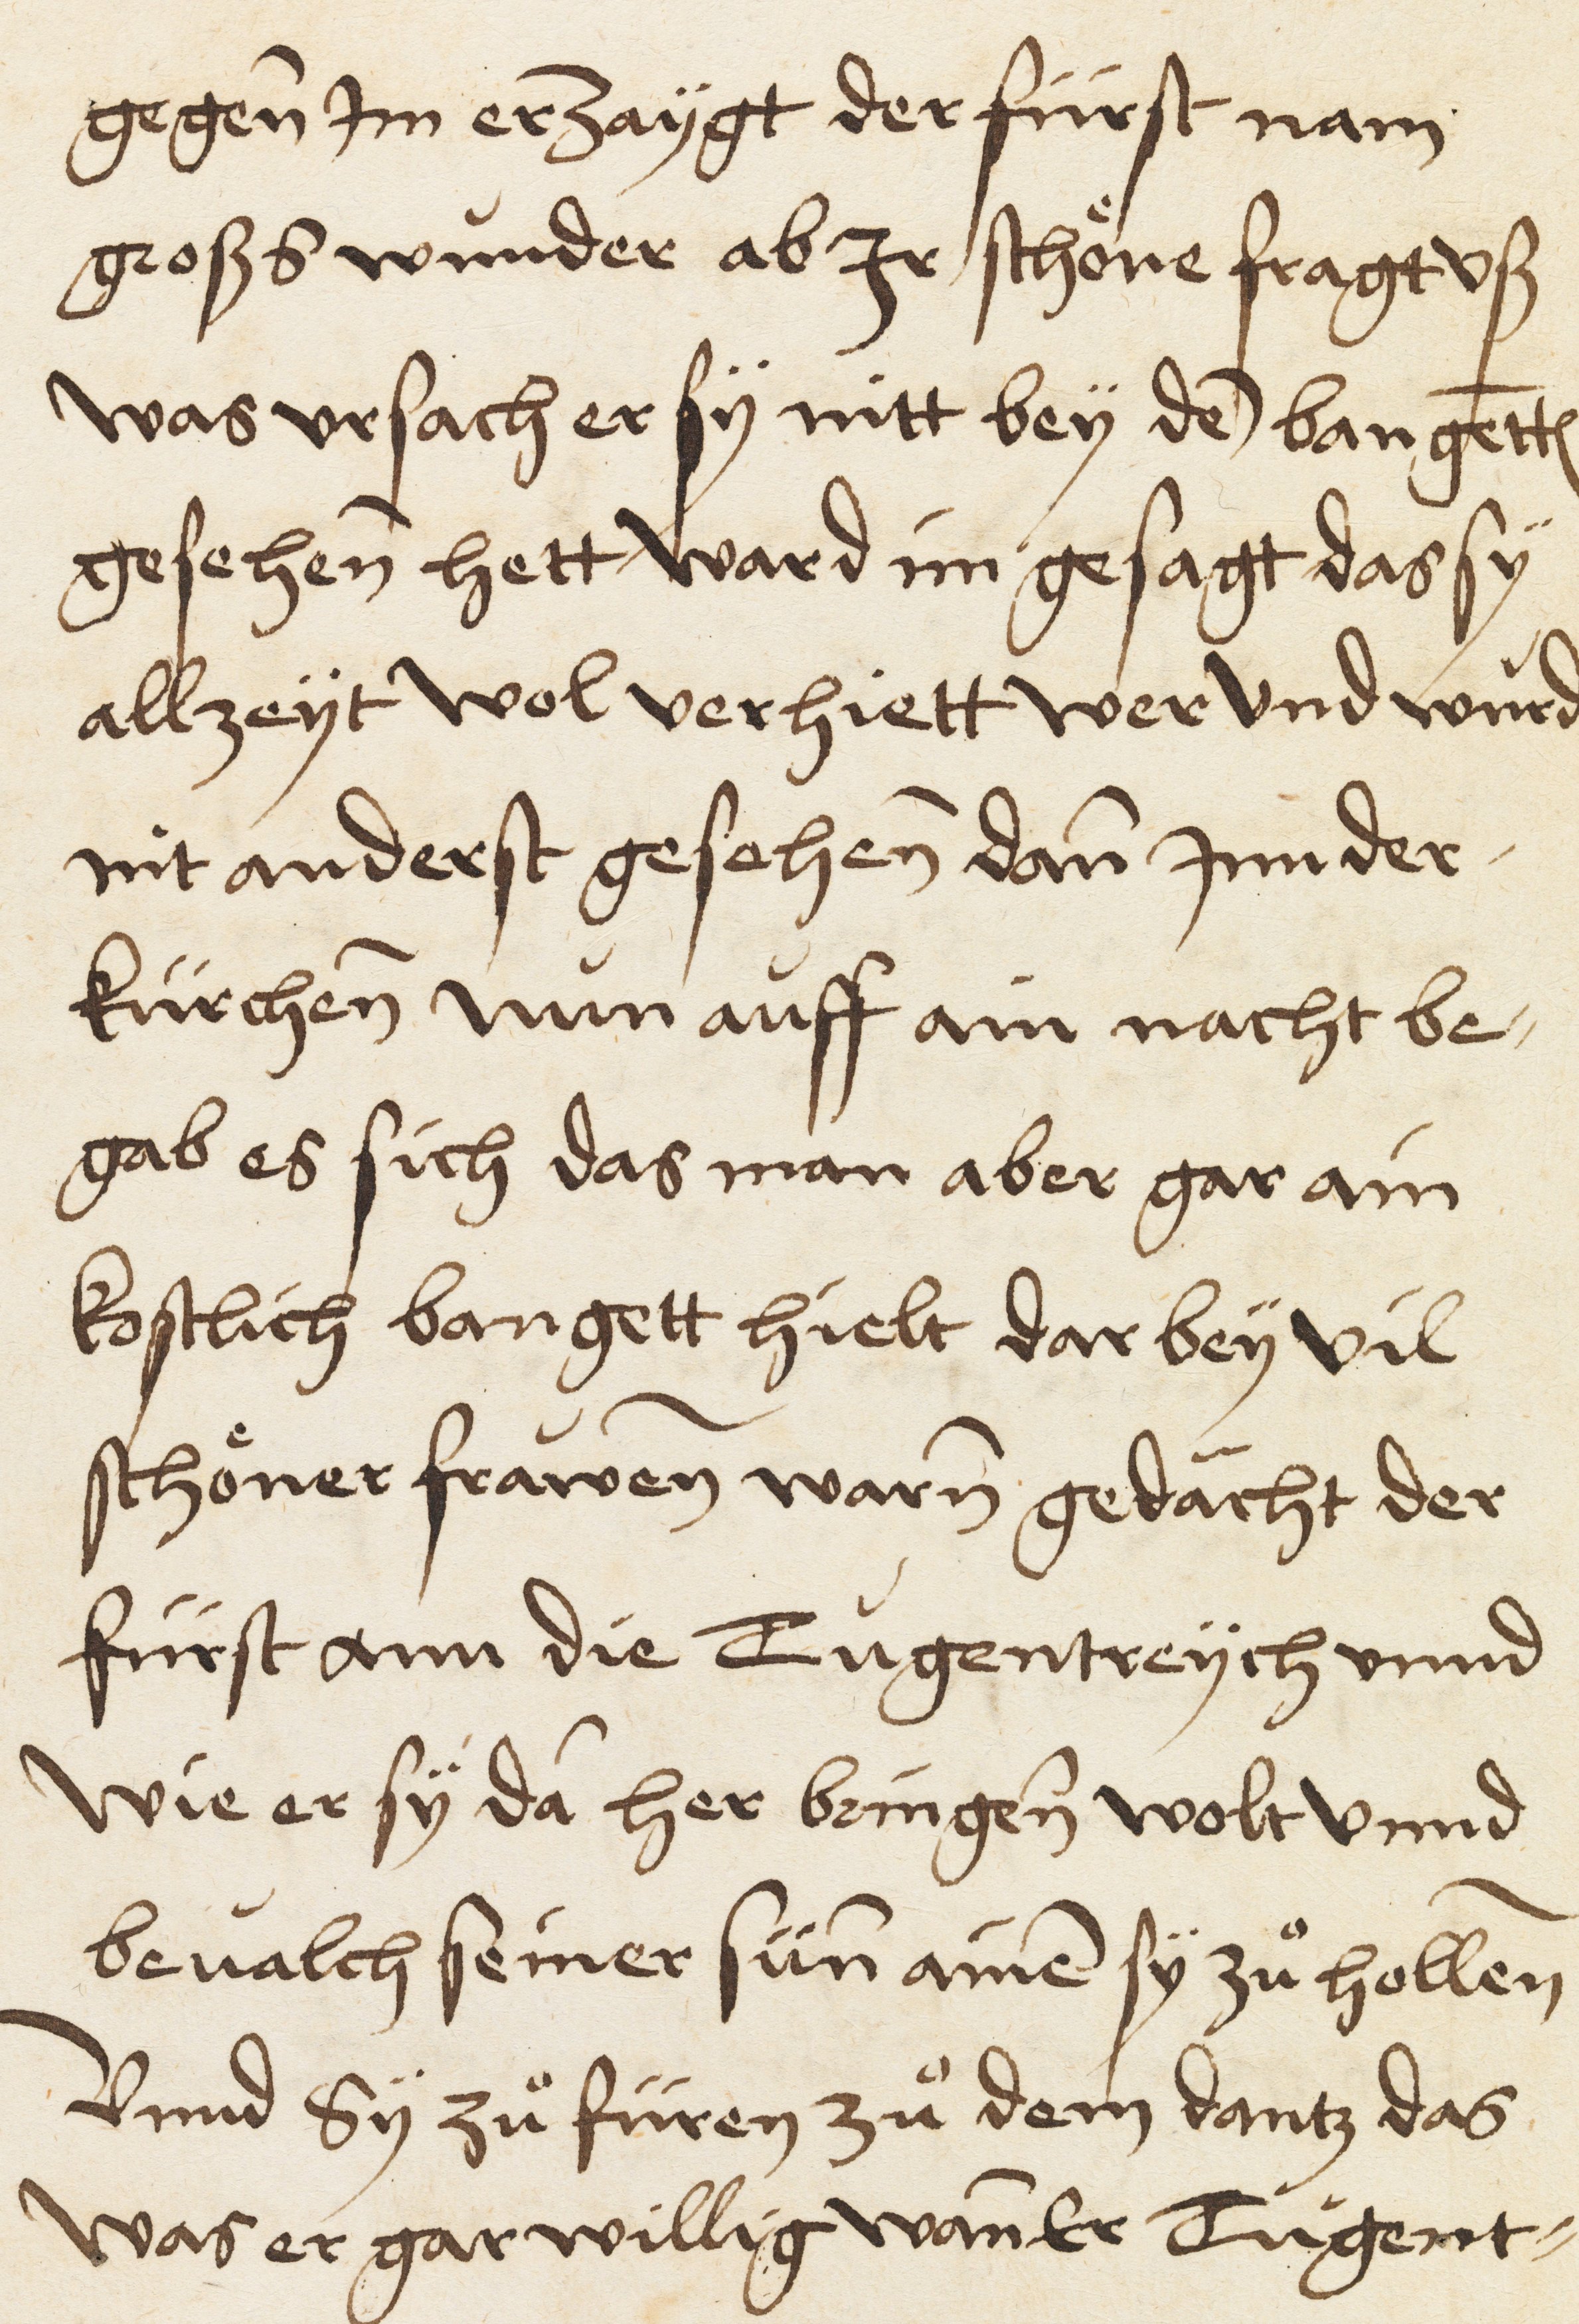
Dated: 1521–1521